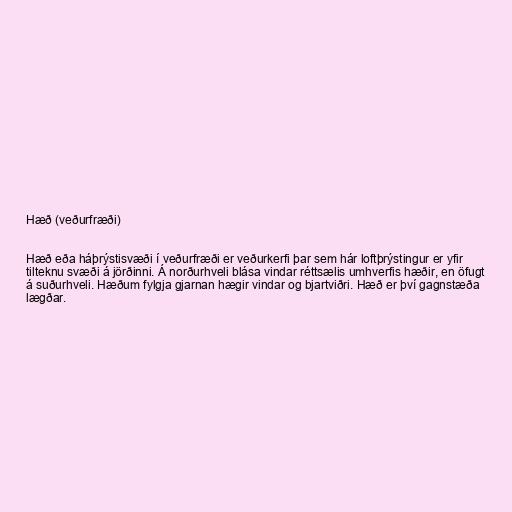
Hæð (veðurfræði)

Hæð eða háþrýstisvæði í veðurfræði er veðurkerfi þar sem hár loftþrýstingur er yfir
tilteknu svæði á jörðinni. Á norðurhveli blása vindar réttsælis umhverfis hæðir, en öfugt
á suðurhveli. Hæðum fylgja gjarnan hægir vindar og bjartviðri. Hæð er því gagnstæða
lægðar.